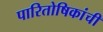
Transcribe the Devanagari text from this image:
पारितोषिकांची